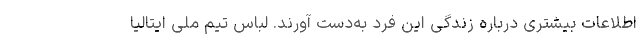
اطلاعات بیشتری درباره زندگی این فرد به‌دست آورند. لباس تیم ملی ایتالیا